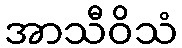
အာသီဝိသံ